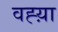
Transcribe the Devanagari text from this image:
वह्य़ा